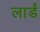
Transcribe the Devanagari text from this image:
लार्डं